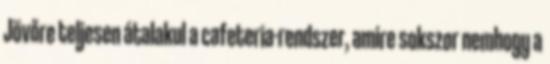
Jövőre teljesen átalakul a cafeteria-rendszer, amire sokszor nemhogy a